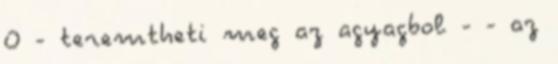
O - teremtheti meg az agyagbol - - az